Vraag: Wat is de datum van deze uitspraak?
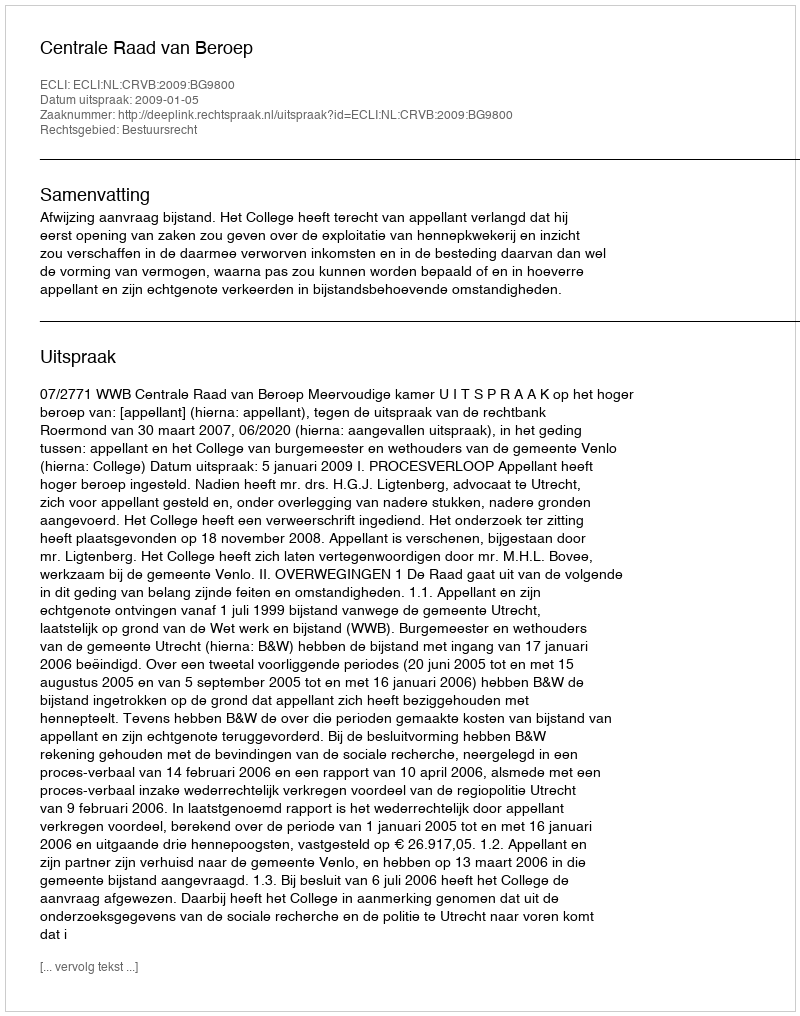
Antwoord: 2009-01-05